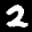
Label: 2